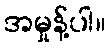
အမှုန့်ပါ။